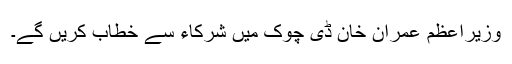
وزیراعظم عمران خان ڈی چوک میں شرکاء سے خطاب کریں گے۔